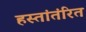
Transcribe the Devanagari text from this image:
हस्तांतंरित